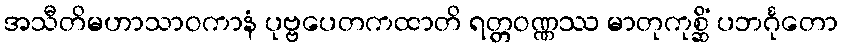
အသီတိမဟာသာဝကာနံ ပုဗ္ဗပေတကထာတိ ရတ္တဝဏ္ဏဿ မာတုကုစ္ဆိံ ပဘင်္ဂုတော